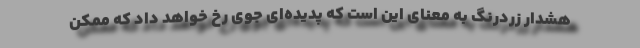
هشدار زردرنگ به معنای این است که پدیده‌ای جوی رخ خواهد داد که ممکن